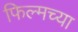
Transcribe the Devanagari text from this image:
फिल्मच्या